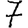
Digit: 7